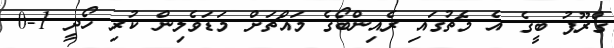
ގްރޫޕު ބީގެ އެ މެޗުގައި ރެއިންބޯގެ މައްޗަށް މަޑަވެލިން ކުރި ހޯދީ 1-0